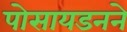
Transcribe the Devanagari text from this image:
पोसायडनने